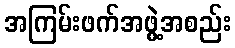
အကြမ်းဖက်အဖွဲ့အစည်း